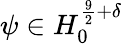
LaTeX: \psi\in H_{0}^{\frac{9}{2}+\delta}